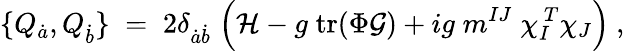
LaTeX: \{ Q_{\dot{a}},Q_{\dot{b}}\} \; =\; 2\delta_{{\dot{a}}{\dot{b}}}\; \Bigl({\cal H}-{g}\; \mathrm{tr}(\Phi{\cal G})+ig\; m^{IJ}\; \chi_{I}^{\ T}\chi_{J}\Bigr)\ ,